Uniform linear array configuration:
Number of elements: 8
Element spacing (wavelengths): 0.5
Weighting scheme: binomial
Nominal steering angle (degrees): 30
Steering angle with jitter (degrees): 31.288
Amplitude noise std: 0.05
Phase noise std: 0.05

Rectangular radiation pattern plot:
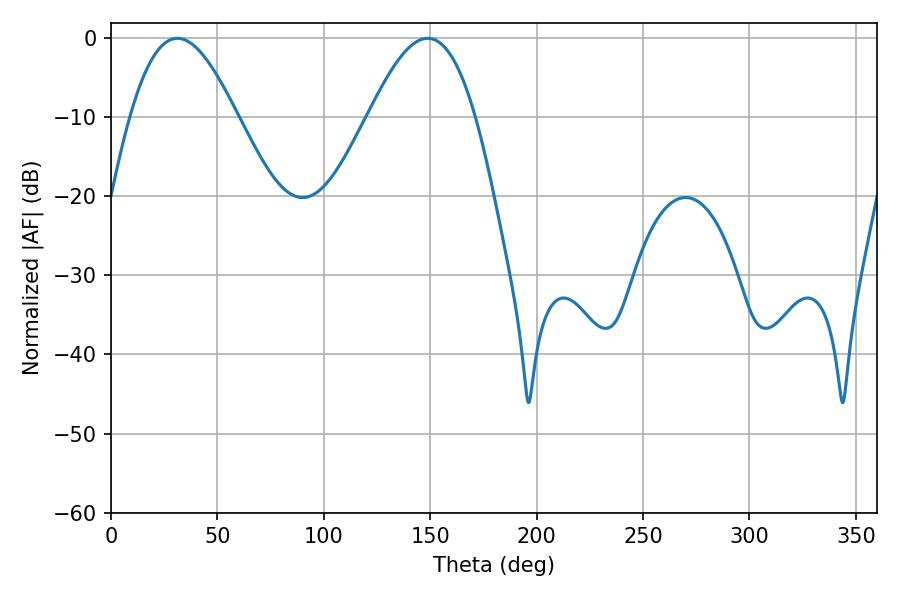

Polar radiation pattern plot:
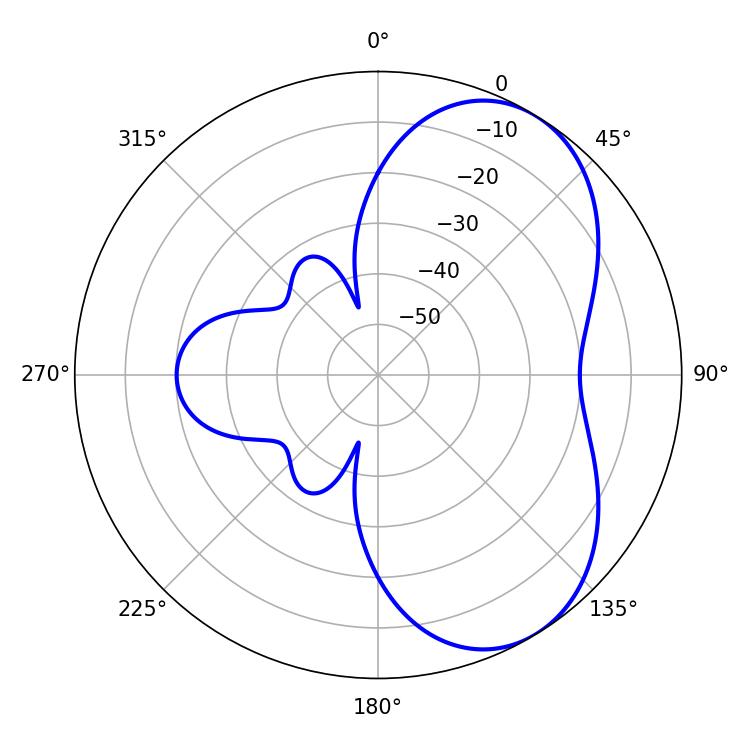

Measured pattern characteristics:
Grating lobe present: FALSE
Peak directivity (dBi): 5.561
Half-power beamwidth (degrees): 27.18
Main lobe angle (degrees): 31.14